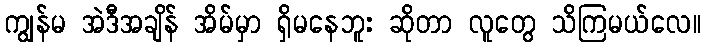
ကျွန်မ အဲဒီအချိန် အိမ်မှာ ရှိမနေဘူး ဆိုတာ လူတွေ သိကြမယ်လေ။